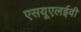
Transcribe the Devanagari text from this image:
एसयूएलईवी